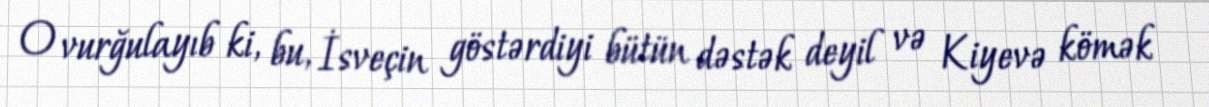
O vurğulayıb ki, bu, İsveçin göstərdiyi bütün dəstək deyil və Kiyevə kömək